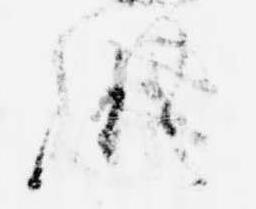
胤